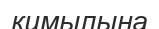
қимылына